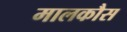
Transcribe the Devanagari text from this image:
मालकौस